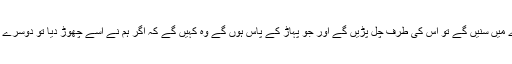
جب لوگ اس کے بارے میں سنیں گے تو اس کی طرف چل پڑیں گے اور جو پہاڑ کے پاس ہوں گے وہ کہیں گے کہ اگر ہم نے اسے چھوڑ دیا تو دوسرے لوگ اسے لے آئیں گے۔